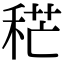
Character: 䅒